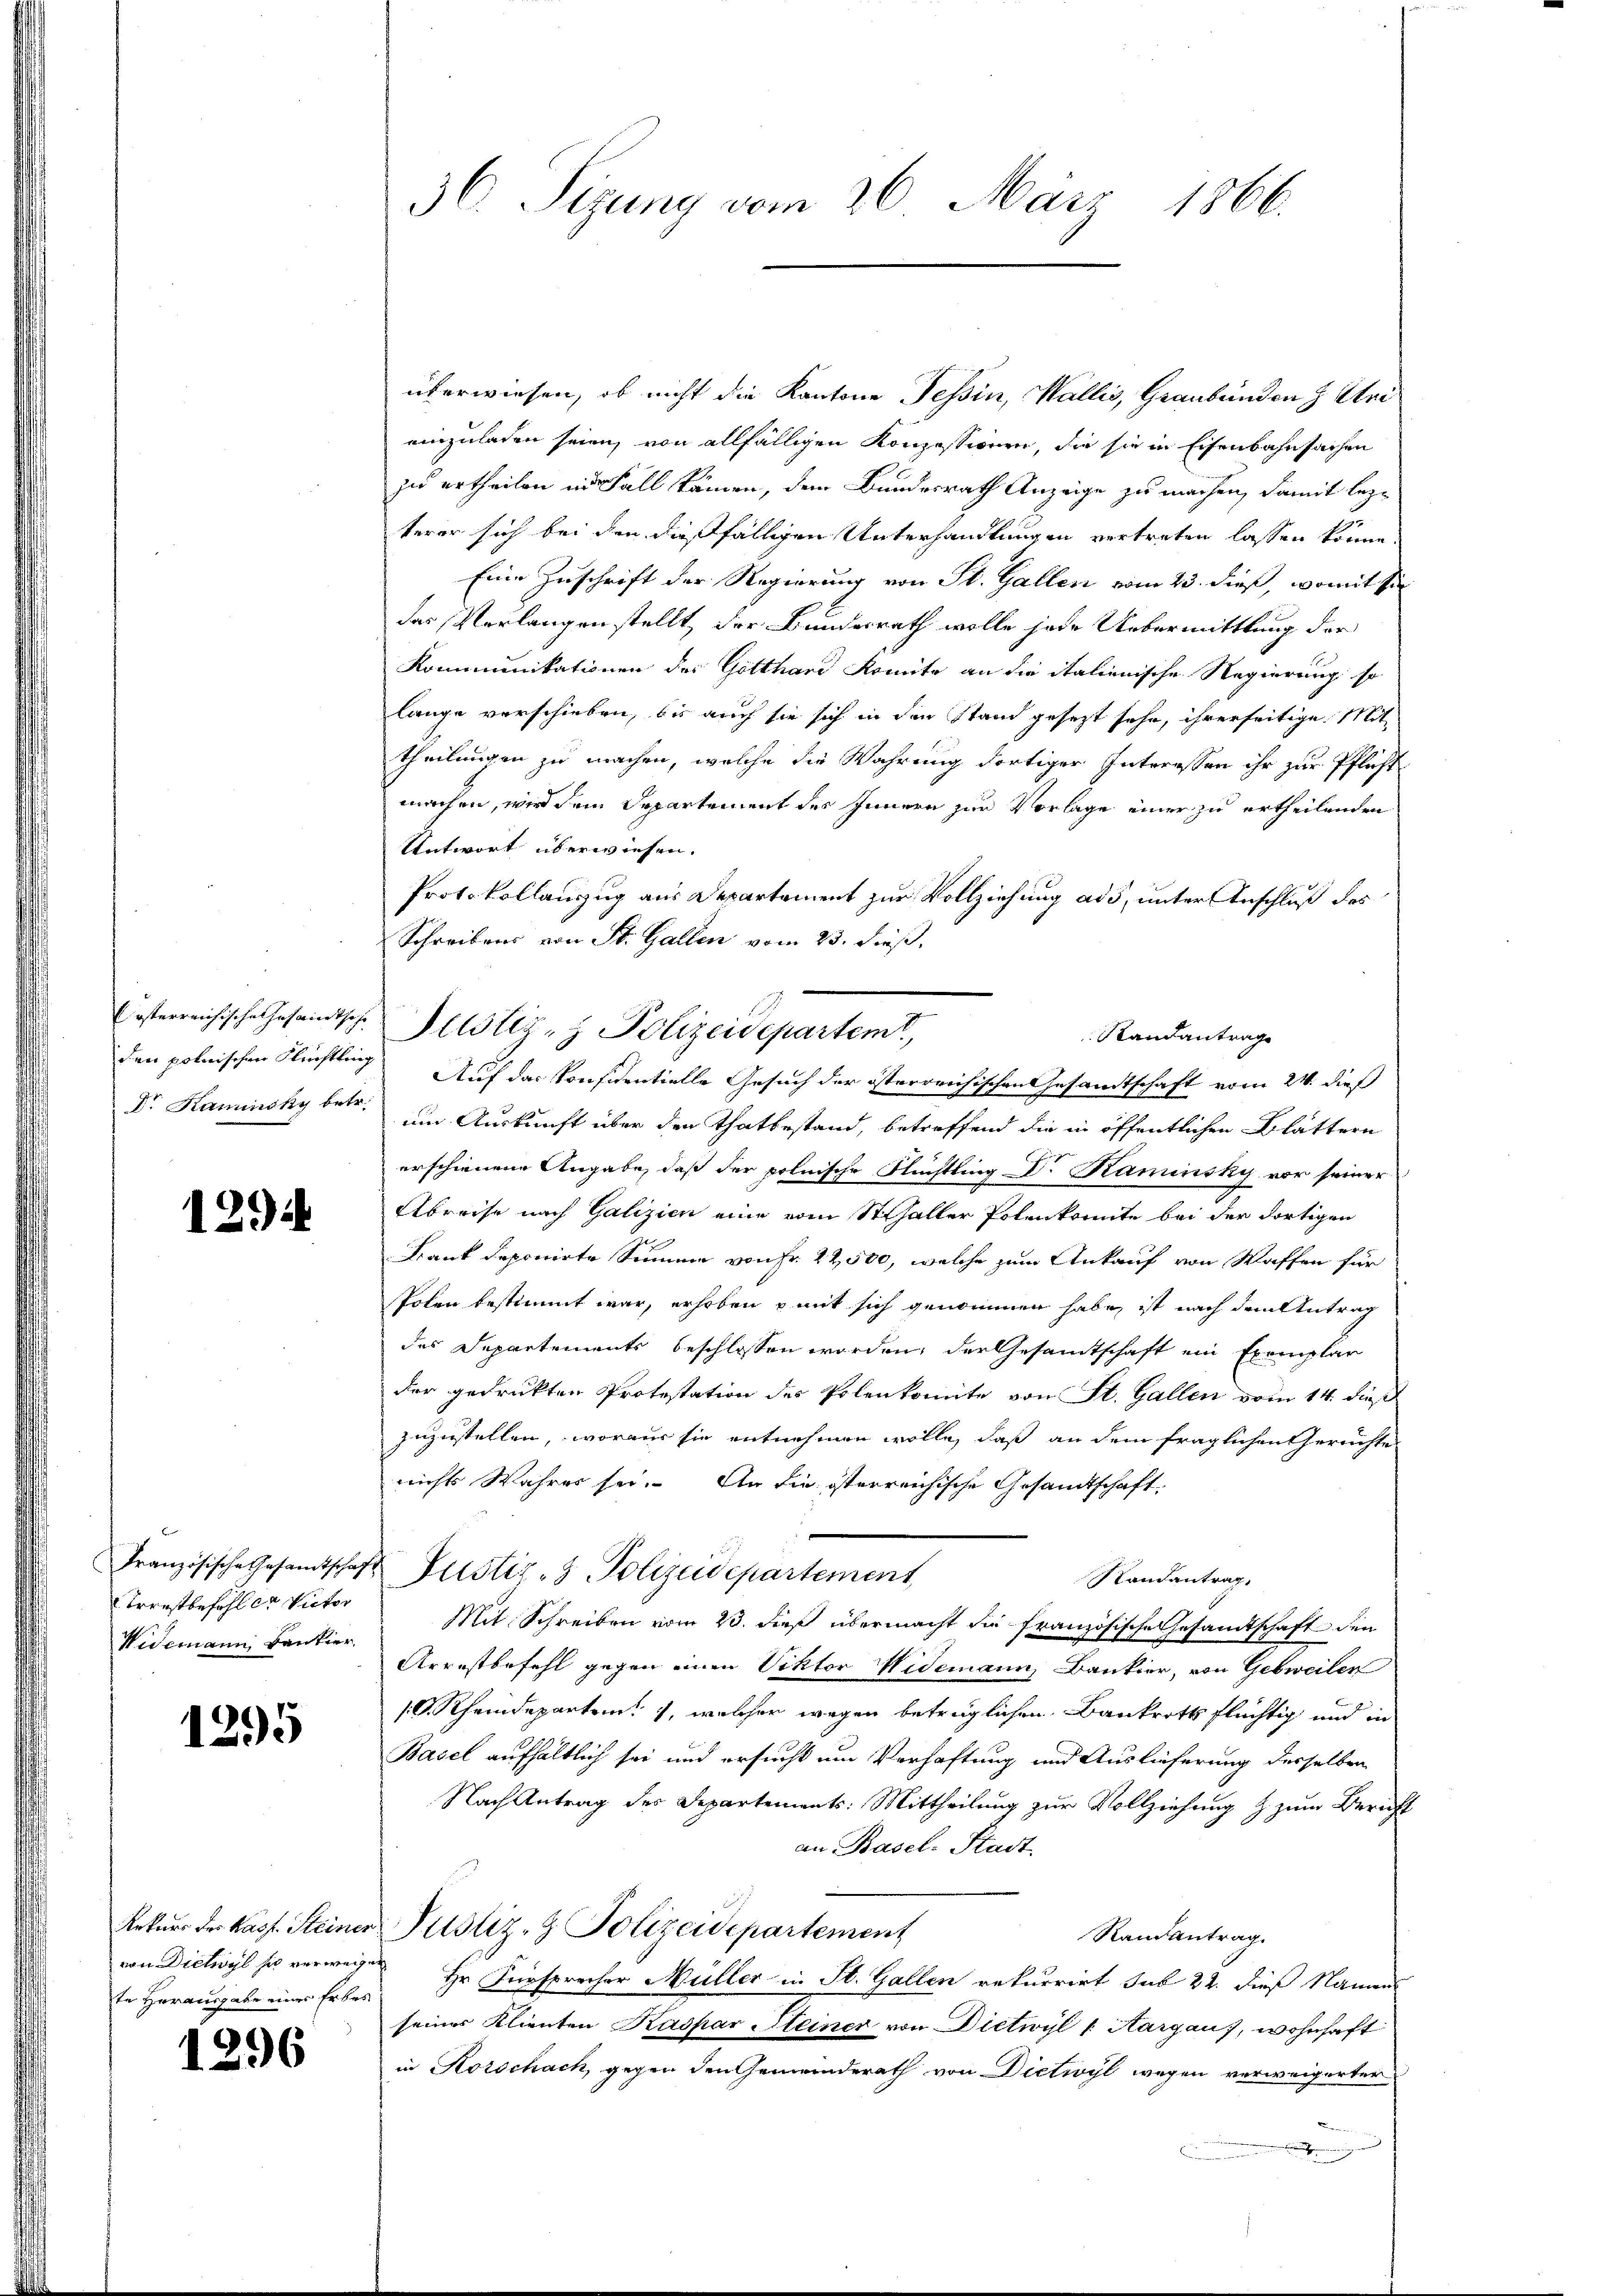
österreichische Insaint hohe
den polnischen Flüchtlin,
Dr. Kaminsky betr.

129

Französische Gesamtschaf
Trerstbefohler Victor
Widemann Bankier

1295

Rekurs des Kass. Steiner
von Dichvyl sie verweis
te Herausgabe eines Erbes

1296

36. Sizung vom 26. März 1866.

überwiesen, ob nicht die Kantone Tessin, Wallis, Graubündenz Unieinzuladen seien, von allfälligen Konzessionen, die sie in Eisenbahnsachen
zu ertheilen in Fall kämen, dem Bundesrath Anzeige zu machen, damit lezterer sich bei den dießfälligen Unterhandlungen vertreten lassen könne,
Eine Zuschrift der Regierung von St. Gallen vom 23. dieß, womit si
das Verlangen stellt, der Bundesrath wolle jede Uebermittlung der
Kommunikationen des Gotthard Komite an die italienische Regierung so
lange verschieben, bis auch sie sich in den Stand gesezt sehe, ihrerseitige Mittheilungen zu machen, welche die Wahrung dortiger Interessen ihr zur Pflicht
machen, wird dem Departement des Innern zur Vorlage einer zu ertheilenden
Antwort überwiesen.
Protokollauszug aus Departement zur Vollziehung ad 3, unter Anschluß des
Schreibens von St. Gallen vom 23. dieß,
Auf das Konsidentielle Gesuch der österreichischen Gesamtschaft vom 24. dieß
um Auskunft über den Thatbestand, betreffend die in öffentlichen Blättern
erschienene Angabe, daß der polnische Nüchtling Dr. Kaminsky vor seiner
Abreise nach Galizien eine vom Schaller Polenkomite bei der dortigen
Frank deponirte Sinnen von Fr. 22,500, welche zum Ankauf von Waffen für
Polen bestimmt war, erhoben mit sich genommen habe, ist nach dem Antrag
des Departements beschlossen worden, der Gesamtschaft ein Exemplar
der gedruckten Protestation des Polenkomite von St. Gallen vom 14. dieß
zuzustellen, woraus sie entnehmen wolle, daß an dem fraglichen Gerichte
nichts Wahres sei. An die österreichische Gesandtschaft
 Justiz- & Polizeidepartement
Randantrag,
Mit Schreiben vom 23. dieß übermacht die französische Gesandtschaft den
Arrestbefehl gegen einen Viktor Widemann, Bankier, von Gebweilen
/O. Rheindeparten, welcher wegen betrüglichen Bankrotts flüchtig und in
Basel aufhältlich sei und ersucht um Verhaftung und Auslieferung desselben
Nach Antrag des Departements: Mittheilung zur Vollziehung & zum Bericht
an Basel-Stadt
Justiz- & Polizeidepartement
Randantrag
 Hr. Fürsprecher Müller in St. Gallen rekurrirt sub 22. dieß Namen
seines Klienten Kaspar Steiner von Dietwyl 1 Margaus, wohnhaft
in Korschach, gegen den Gemeinderath von Dietwyl wegen verweigerter
g

Justiz- & Polizeidepartemt,
Randantrage